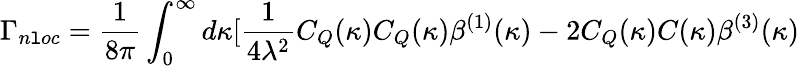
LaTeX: \Gamma_{n\mathtt{l}oc}=\frac{{1}}{{8\pi}}\int_{0}^{\infty}d\kappa[\frac{{1}}{{4\lambda^{2}}}C_{Q}(\kappa)C_{Q}(\kappa)\beta^{(1)}(\kappa)-2C_{Q}(\kappa)C(\kappa)\beta^{(3)}(\kappa)